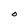
Character: O